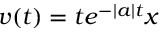
v ( t ) = t e ^ { - | a | t } x